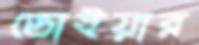
ডোইয়ার